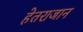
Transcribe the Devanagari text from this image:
हेतराजान